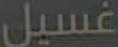
غسيل